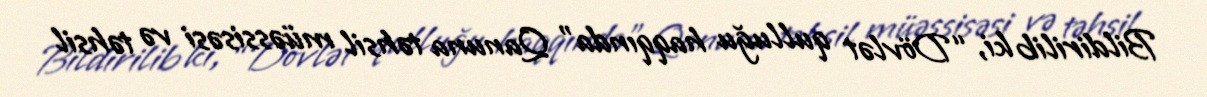
Bildirilib ki, “Dövlət qulluğu haqqında” Qanuna təhsil müəssisəsi və təhsil